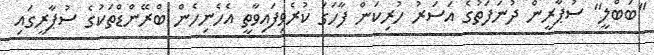
"ބަބްލީ" ސުޕާރީން ދުނަފަތުގެ އަސަރު ހުރިކަން ފާހަގަ ކުރެވިފައިވާތީ އެހެނިހެން ބްރޭންޑްތަކުގެ ސުޕާރީގައި